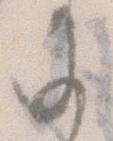
に